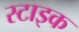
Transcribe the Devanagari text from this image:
स्टाइक